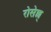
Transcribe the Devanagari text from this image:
रोसेल्ल्